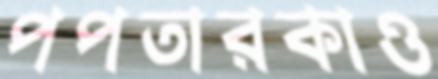
পপতারকাও